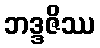
ဘဒ္ဒဇိဿ